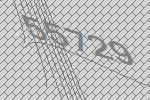
55729